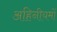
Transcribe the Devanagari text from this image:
अहिनीयमों